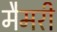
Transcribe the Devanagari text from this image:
मैमरी